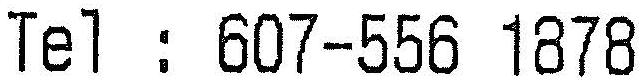
TEL : 607-556 1878